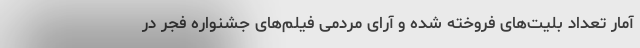
آمار تعداد بلیت‌های فروخته شده و آرای مردمی فیلم‌های جشنواره فجر در